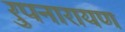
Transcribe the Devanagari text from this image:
रुपनारायण